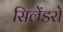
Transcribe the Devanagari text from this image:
सिलेंडरो